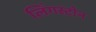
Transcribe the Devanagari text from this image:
लिंगस्टोन